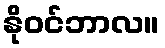
နိုဝင်ဘာလ။